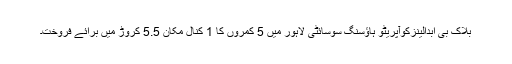
بلاک بی ابدالینزکوآپریٹو ہاؤسنگ سوسائٹی لاہور میں 5 کمروں کا 1 کنال مکان 5.5 کروڑ میں برائے فروخت۔